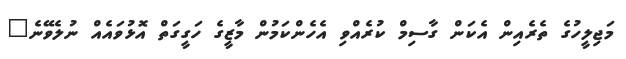
މަޖިލީހުގެ ތެރެއިން އެކަން ގާސިމް ކުރެއްވި އެހެންކަމުން މާޒީގެ ހަގީގަތް އޮޅުވައެއް ނުލެވޭނެ"